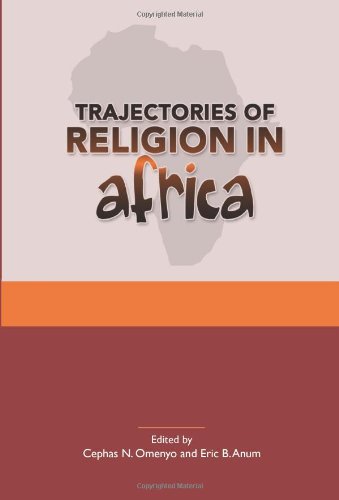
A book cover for Trajectories of Religion in Africa: Essays in Honour of John S. Pobee (Studies in World Christianity and Interreligious Relations); Christian Books & Bibles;